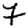
Digit: 7